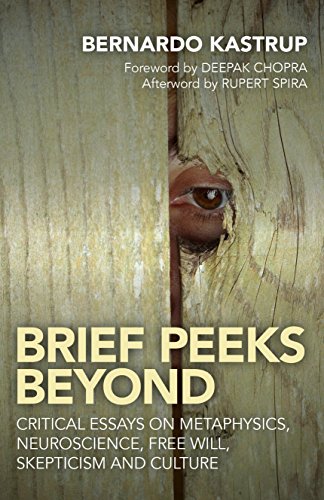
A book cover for Brief Peeks Beyond: Critical Essays on Metaphysics, Neuroscience, Free Will, Skepticism and Culture; Bernardo Kastrup; Politics & Social Sciences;